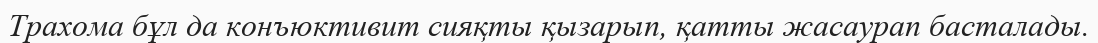
Трахома бұл да конъюктивит сияқты қызарып, қатты жасаурап басталады.